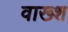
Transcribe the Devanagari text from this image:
वाख्श